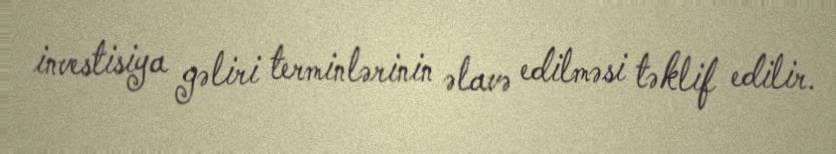
investisiya gəliri terminlərinin əlavə edilməsi təklif edilir.